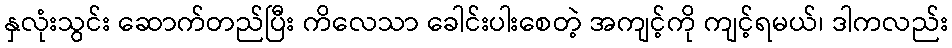
နှလုံးသွင်း ဆောက်တည်ပြီး ကိလေသာ ခေါင်းပါးစေတဲ့ အကျင့်ကို ကျင့်ရမယ်၊ ဒါကလည်း